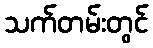
သက်တမ်းတွင်